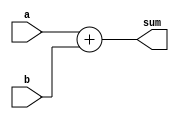
`timescale 1ns / 1ns


module Adder(
    a,
    b,
    sum
    );

parameter size = 32;

input [size-1:0] a;
input [size-1:0] b;
output [size-1:0] sum;

assign sum = a+b;

endmodule